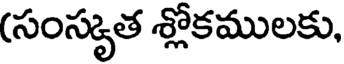
(సంస్కృత శ్లోకములకు,